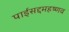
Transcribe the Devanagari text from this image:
पाईसद्दमहष्णव